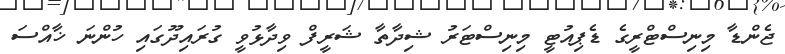
ޖެންޑާ މިނިސްޓްރީގެ ޑެޕިއުޓީ މިނިސްޓަރު ޝިދާތާ ޝަރީފް ވިދާޅުވީ ގުރައިދޫގައި ހުންނަ ޚާއްސަ